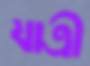
যাত্রী